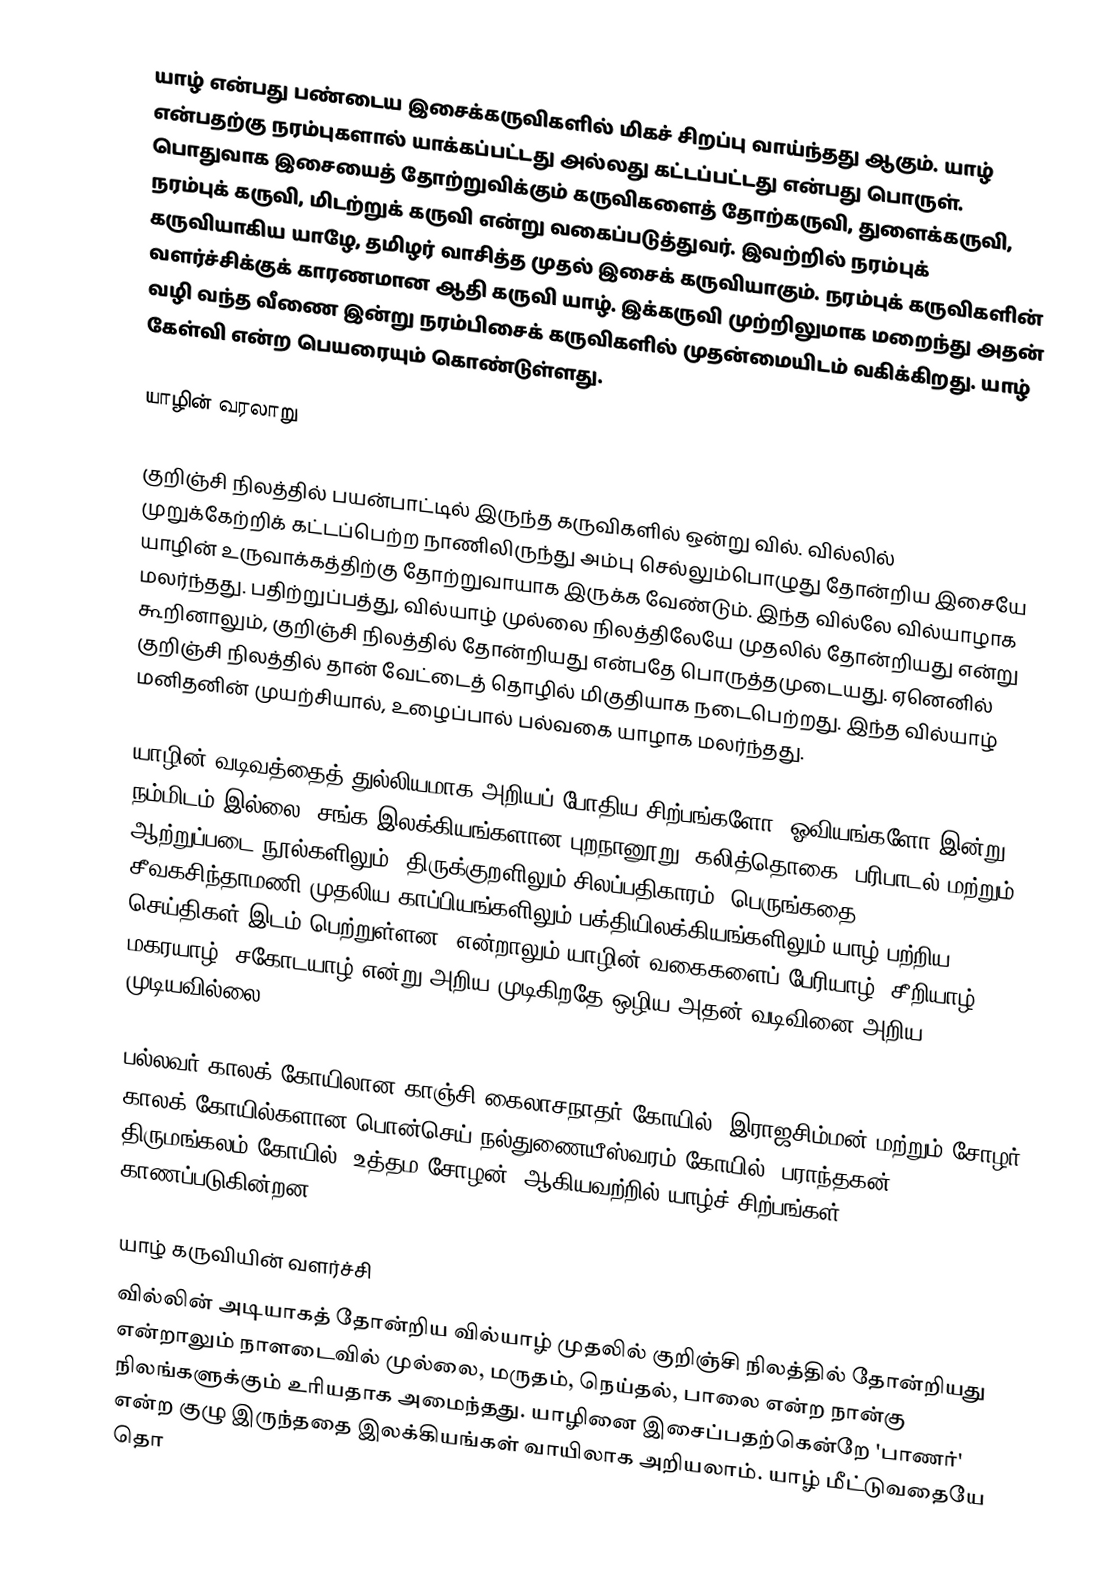
யாழ் என்பது பண்டைய இசைக்கருவிகளில் மிகச் சிறப்பு வாய்ந்தது ஆகும். யாழ் என்பதற்கு நரம்புகளால் யாக்கப்பட்டது அல்லது கட்டப்பட்டது என்பது பொருள். பொதுவாக இசையைத் தோற்றுவிக்கும் கருவிகளைத் தோற்கருவி, துளைக்கருவி, நரம்புக் கருவி, மிடற்றுக் கருவி என்று வகைப்படுத்துவர். இவற்றில் நரம்புக் கருவியாகிய யாழே, தமிழர் வாசித்த முதல் இசைக் கருவியாகும். நரம்புக் கருவிகளின் வளர்ச்சிக்குக் காரணமான ஆதி கருவி யாழ். இக்கருவி முற்றிலுமாக மறைந்து அதன் வழி வந்த வீணை இன்று நரம்பிசைக் கருவிகளில் முதன்மையிடம் வகிக்கிறது. யாழ் கேள்வி என்ற பெயரையும் கொண்டுள்ளது.

யாழின் வரலாறு

குறிஞ்சி நிலத்தில் பயன்பாட்டில் இருந்த கருவிகளில் ஒன்று வில். வில்லில் முறுக்கேற்றிக் கட்டப்பெற்ற நாணிலிருந்து அம்பு செல்லும்பொழுது தோன்றிய இசையே யாழின் உருவாக்கத்திற்கு தோற்றுவாயாக இருக்க வேண்டும். இந்த வில்லே வில்யாழாக மலர்ந்தது. பதிற்றுப்பத்து, வில்யாழ் முல்லை நிலத்திலேயே முதலில் தோன்றியது என்று கூறினாலும், குறிஞ்சி நிலத்தில் தோன்றியது என்பதே பொருத்தமுடையது. ஏனெனில் குறிஞ்சி நிலத்தில் தான் வேட்டைத் தொழில் மிகுதியாக நடைபெற்றது. இந்த வில்யாழ் மனிதனின் முயற்சியால், உழைப்பால் பல்வகை யாழாக மலர்ந்தது.

யாழின் வடிவத்தைத் துல்லியமாக அறியப் போதிய சிற்பங்களோ, ஓவியங்களோ இன்று நம்மிடம் இல்லை. சங்க இலக்கியங்களான புறநானூறு, கலித்தொகை, பரிபாடல் மற்றும் ஆற்றுப்படை நூல்களிலும், திருக்குறளிலும் சிலப்பதிகாரம், பெருங்கதை, சீவகசிந்தாமணி முதலிய காப்பியங்களிலும் பக்தியிலக்கியங்களிலும் யாழ் பற்றிய செய்திகள் இடம் பெற்றுள்ளன. என்றாலும் யாழின் வகைகளைப் பேரியாழ், சீறியாழ், மகரயாழ், சகோடயாழ் என்று அறிய முடிகிறதே ஒழிய அதன் வடிவினை அறிய முடியவில்லை.

பல்லவர் காலக் கோயிலான காஞ்சி கைலாசநாதர் கோயில் (இராஜசிம்மன் மற்றும் சோழர் காலக் கோயில்களான பொன்செய் நல்துணையீஸ்வரம் கோயில் (பராந்தகன்), திருமங்கலம் கோயில் (உத்தம சோழன்) ஆகியவற்றில் யாழ்ச் சிற்பங்கள் காணப்படுகின்றன.

யாழ் கருவியின் வளர்ச்சி
வில்லின் அடியாகத் தோன்றிய வில்யாழ் முதலில் குறிஞ்சி நிலத்தில் தோன்றியது என்றாலும் நாளடைவில் முல்லை, மருதம், நெய்தல், பாலை என்ற நான்கு நிலங்களுக்கும் உரியதாக அமைந்தது. யாழினை இசைப்பதற்கென்றே 'பாணர்' என்ற குழு இருந்ததை இலக்கியங்கள் வாயிலாக அறியலாம். யாழ் மீட்டுவதையே தொ